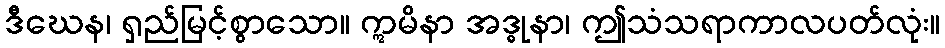
ဒီဃေန၊ ရှည်မြင့်စွာသော။ ဣမိနာ အဒ္ဓုနာ၊ ဤသံသရာကာလပတ်လုံး။